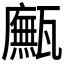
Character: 𤮢